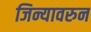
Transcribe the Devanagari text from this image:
जिन्यावरुन